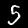
Digit: 5